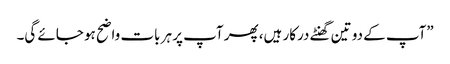
”آپ کے دو تین گھنٹے درکار ہیں، پھر آپ پر ہر بات واضح ہو جائے گی۔